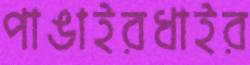
পাঙাইরধাইর